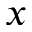
x